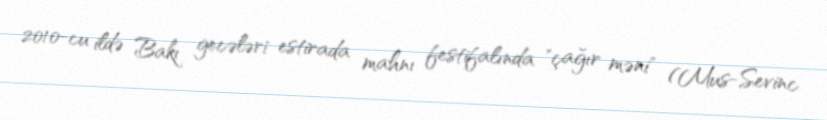
2010-cu ildə Bakı gecələri estirada mahnı festifalında "çağır məni" (Mus-Sevinc